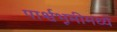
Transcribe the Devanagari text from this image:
पार्श्वभूमीमध्ये